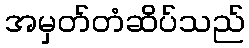
အမှတ်တံဆိပ်သည်